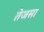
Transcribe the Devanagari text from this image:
तेजसा